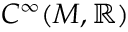
C ^ { \infty } ( M , \mathbb { R } )